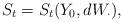
LaTeX: \begin{align*}S_t=S_t(Y_0,dW_\cdot), \end{align*}